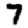
Digit: 7